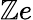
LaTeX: \mathbb{Z}e